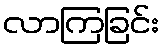
လာကြခြင်း